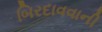
બિરદાવવાની